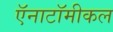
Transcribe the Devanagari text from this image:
ऍनाटॉमीकल